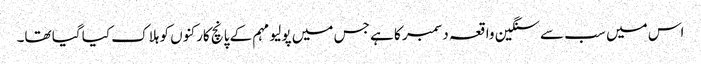
اس میں سب سے سنگین واقعہ دسمبر کا ہے جس میں پولیو مہم کے پانچ کارکنوں کو ہلاک کیا گیا تھا۔